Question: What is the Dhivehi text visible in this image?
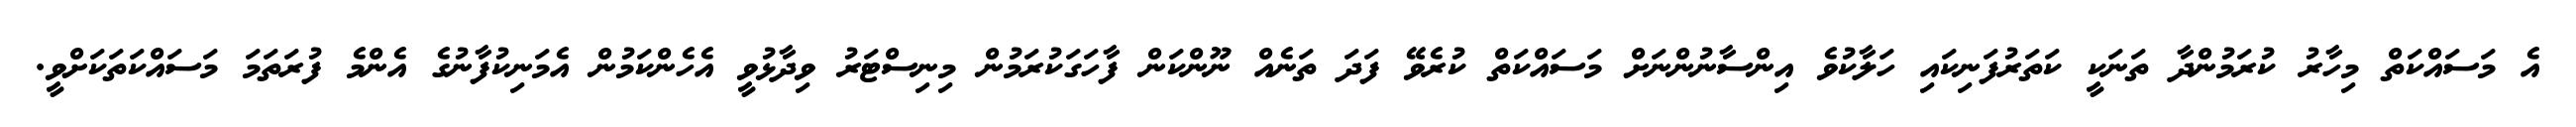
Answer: އެ މަސައްކަތް މިހާރު ކުރަމުންދާ ތަނަކީ ކަތަރުފަނިކައި ހަލާކުވެ އިންސާނުންނަށް މަސައްކަތް ކުރެވޭ ފަދަ ތަނެއް ނޫންކަން ފާހަގަކުރަމުން މިނިސްޓަރު ވިދާޅުވީ އެހެންކަމުން އެމަނިކުފާނުގެ އެންމެ ފުރަތަމަ މަސައްކަތަކަށްވީ.